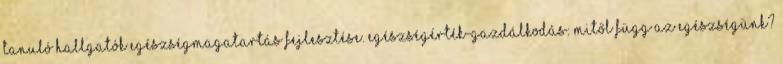
tanuló hallgatók Egészségmagatartás fejlesztése. Egészségérték-gazdálkodás: Mitől függ az egészségünk?